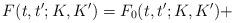
LaTeX: \begin{align*}F(t,t^{\prime };K,K^{\prime })=F_{0}(t,t^{\prime };K,K^{\prime })+\end{align*}